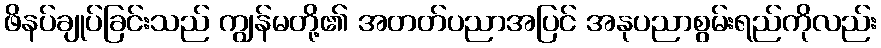
ဖိနပ်ချုပ်ခြင်းသည် ကျွန်မတို့၏ အတတ်ပညာအပြင် အနုပညာစွမ်းရည်ကိုလည်း